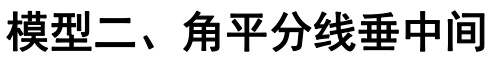
模型二、角平分线垂中间